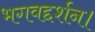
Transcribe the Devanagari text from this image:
भगवद्दर्शन।